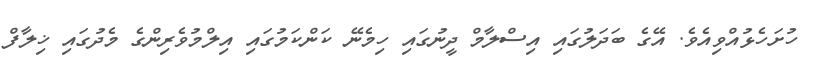
ހުށަހެޅުއްވިއެވެ. އޭގެ ބަދަލުގައި އިސްލާމް ދީނުގައި ހިމެނޭ ކަންކަމުގައި އިލްމުވެރިންގެ މެދުގައި ޚިލާފް